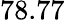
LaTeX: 78.77